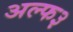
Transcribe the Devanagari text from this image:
अल्फ३